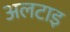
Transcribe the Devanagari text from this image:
अलटाइ